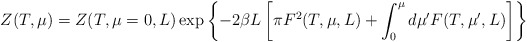
\begin{align*}Z(T,\mu)= Z(T,\mu=0,L)\exp \left\{-2\beta L\left[ \pi F^2 (T,\mu,L)+\int_0^\mu d\mu'F(T,\mu',L)\right]\right\}\end{align*}